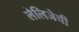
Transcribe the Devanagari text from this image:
लेलिजेची